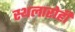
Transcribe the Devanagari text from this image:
स्थलारोही